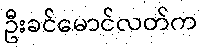
ဦးခင်မောင်လတ်က